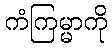
ကံကြမ္မာကို